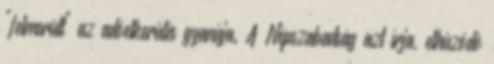
"felmerült" az adóelkerülés gyanúja. A Népszabadság azt írja, elhúzódó